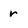
Character: r